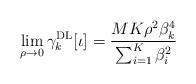
LaTeX: \begin{align*}\lim_{\rho\to 0}\gamma_k^\mathrm{DL}[\iota] = \frac{MK\rho^2\beta_{k}^4}{\sum_{i=1}^{K}\beta_{i}^2}\end{align*}